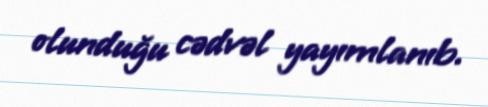
olunduğu cədvəl yayımlanıb.